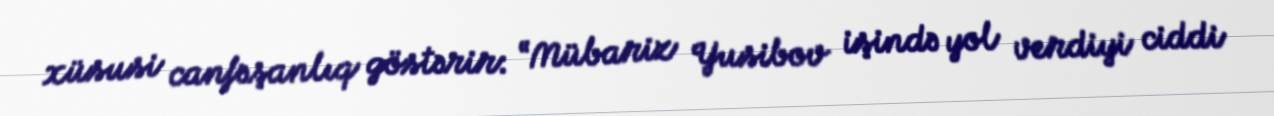
xüsusi canfəşanlıq göstərir: “Mübariz Yusibov işində yol verdiyi ciddi